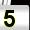
Digit: 5